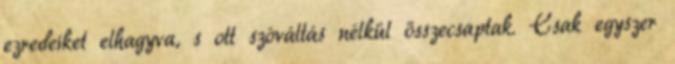
ezredeiket elhagyva, s ott szóváltás nélkül összecsaptak. Csak egyszer